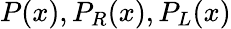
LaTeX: P(x),P_{R}(x),P_{L}(x)